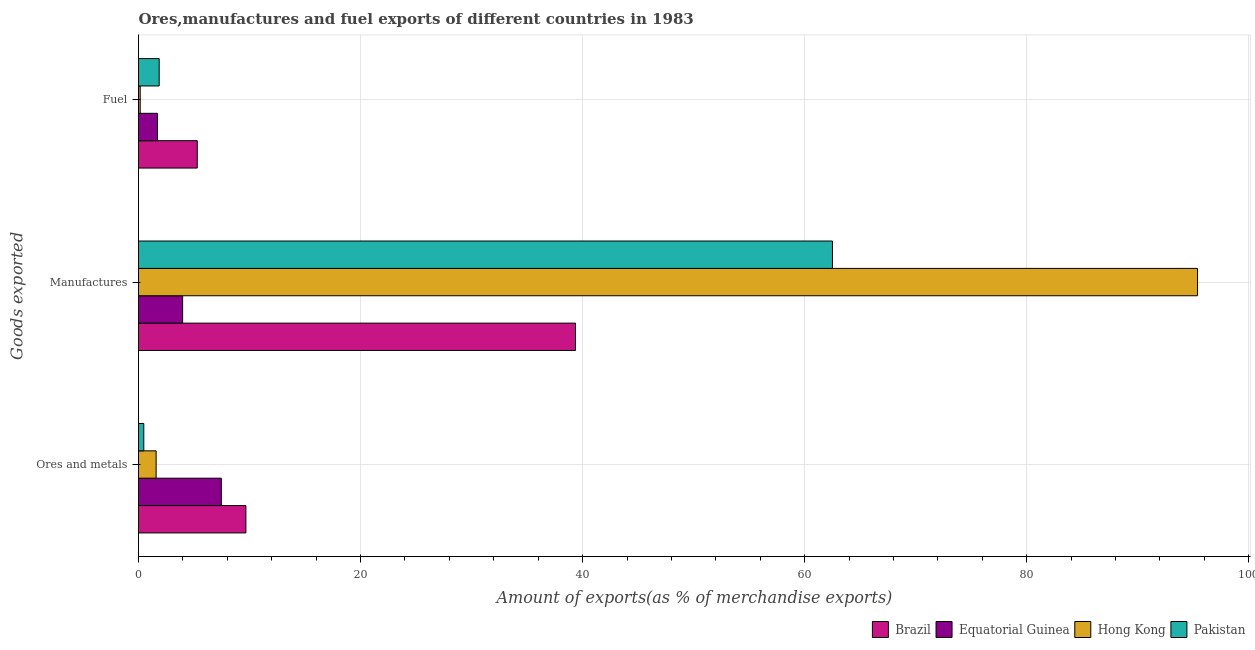
| Goods exported | Brazil | Equatorial Guinea | Hong Kong | Pakistan |
 | --- | --- | --- | --- | --- |
 | Ores and metals | 9.67 | 7.46 | 1.59 | 0.476 |
 | Manufactures | 39.4 | 3.97 | 95.4 | 62.5 |
 | Fuel | 5.29 | 1.71 | 0.153 | 1.86 |